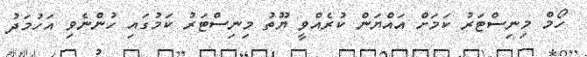
ހޯމް މިނިސްޓަރު ކަމަށް އައްޔަން ކުރެއްވީ ޔޫތު މިނިސްޓަރު ކަމުގައި ހުންނެވި އަހުމަދު